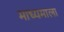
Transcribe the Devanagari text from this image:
माध्यमाला